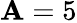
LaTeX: \mathbf{A}=5